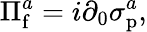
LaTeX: \Pi_{\mathrm{f}}^{a}=i\partial_{0}\sigma_{\mathrm{p}}^{a},